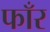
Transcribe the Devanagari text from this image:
फाँर